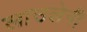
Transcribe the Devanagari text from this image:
लाउलेनी